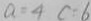
a = 4 c = 6